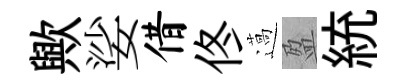
歟娑借佟薖盈統